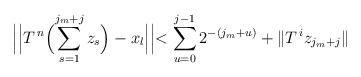
LaTeX: \begin{align*}\smash{\Bigl|\Bigl|T^{\,n}\Bigl(\sum_{s=1}^{j_{m}+j}z_{s}\Bigr)-x_{l}\Bigr|\Bigr|}&\smash[t]{<\sum_{u=0}^{j-1}2^{-(j_{m}+u)}+\|T^{\,i}z_{j_{m}+j}\|}\end{align*}